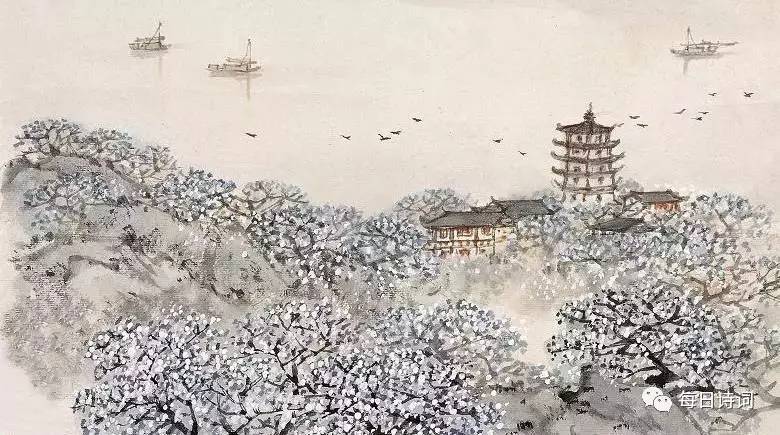
乱花渐欲迷人眼，浅草才能没马蹄。